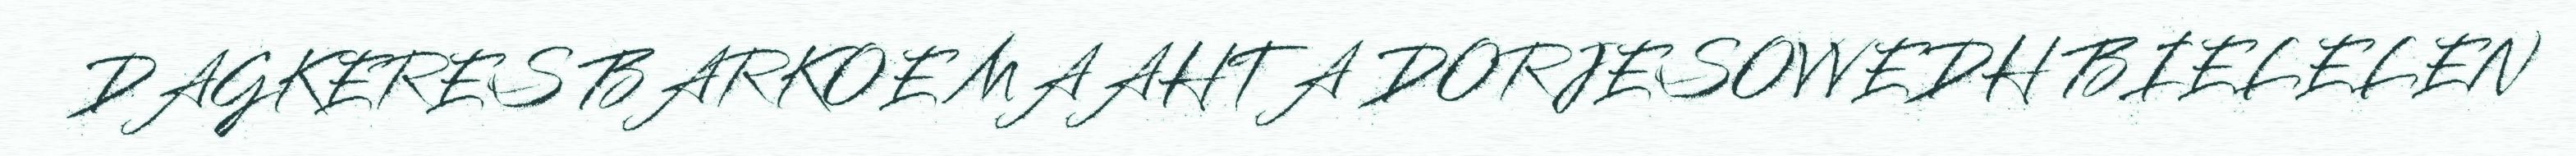
DAGKERES BARKOE MAAHTA DORJESOVVEDH BIELELEN